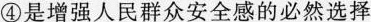
④是增强人民群众安全感的必然选择